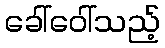
ခေါ်ဝေါ်သည့်